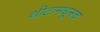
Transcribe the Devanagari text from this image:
थीटामधूनच